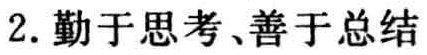
2. 勤于思考、善于总结